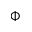
\Phi